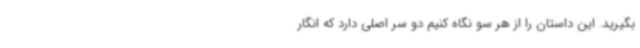
بگیرید. این داستان را از هر سو نگاه کنیم دو سر اصلی دارد که انگار